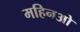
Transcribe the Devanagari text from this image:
महिनओ